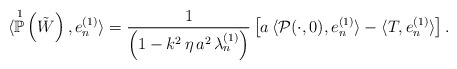
\begin{align*}\langle \overset{1}{\mathbb{P}}\left( \tilde{W} \right), e_{n}^{(1)} \rangle = \frac{1}{\left( 1 - k^{2} \, \eta \, a^{2} \, \lambda^{(1)}_{n} \right)} \left[ a \, \langle \mathcal{P}(\cdot , 0) , e_{n}^{(1)} \rangle - \langle T, e_{n}^{(1)} \rangle \right]. \end{align*}